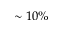
\sim 1 0 \%